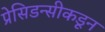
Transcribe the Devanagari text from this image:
प्रेसिडन्सीकडून